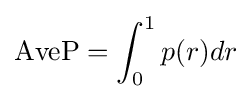
\operatorname {AveP} =\int _{0}^{1}p(r)dr